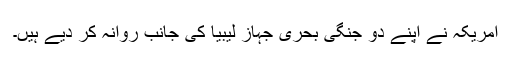
امریکہ نے اپنے دو جنگی بحری جہاز لیبیا کی جانب روانہ کر دیے ہیں۔